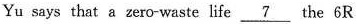
Yu says that a zero-waste life \underline{7} the 6R